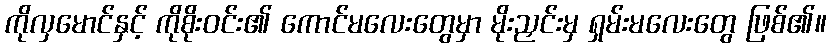
ကိုလှမောင်နှင့် ကိုစိုးဝင်း၏ ကောင်မလေးတွေမှာ မိုးညှင်းမှ ရှမ်းမလေးတွေ ဖြစ်၏။